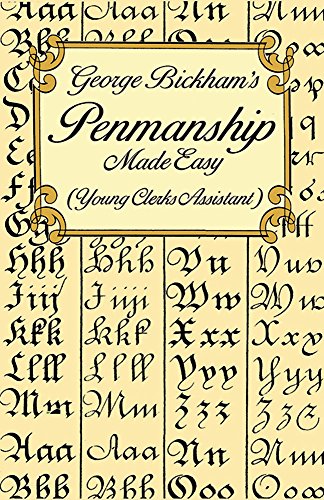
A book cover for George Bickham's Penmanship Made Easy (Young Clerks Assistant); George Bickham; Arts & Photography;